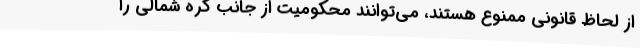
از لحاظ قانونی ممنوع هستند، می‌توانند محکومیت از جانب کره شمالی را